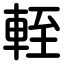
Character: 輊